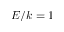
E / k = 1